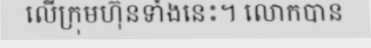
លើក្រុមហ៊ុនទាំងនេះ។ លោកបាន